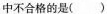
中不合格的是()